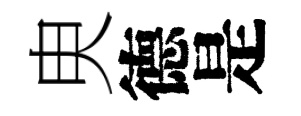
㬰德是